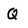
Character: Q